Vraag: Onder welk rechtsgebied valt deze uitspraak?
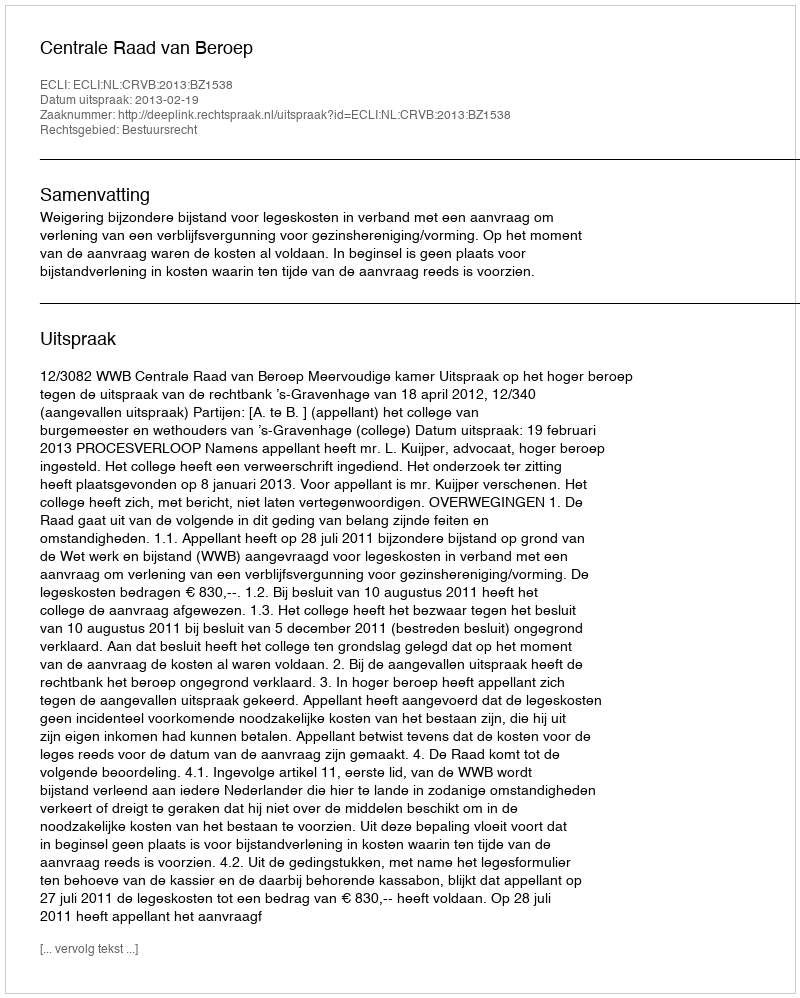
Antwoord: Bestuursrecht